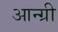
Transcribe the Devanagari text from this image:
आन्ग्री